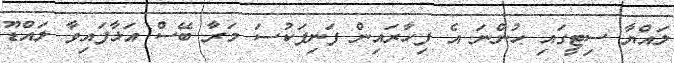
ލައްޔާ ސިޓީގައި ހުންނަ އެ ފިހާރައިން ފަނިފަކުސަ މަރާ ބޭސް އަޅާފައިވާ ލައްޑޫ